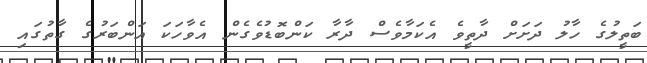
ބަތީލުގެ ހާލު ދަށަށް ދާތީވެ އެކަމާވެސް ދާރާ ކަންބޮޑުވެގެން އެވާހަކަ އަންބަރުގެ ގާތުގައި